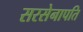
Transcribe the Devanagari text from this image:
सरसेनापति